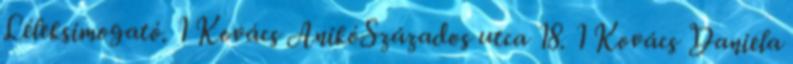
Léleksimogató. 1 Kovács AnikóSzázados utca 18. 1 Kovács Daniela